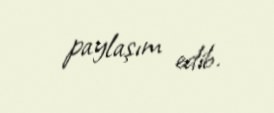
paylaşım edib.